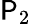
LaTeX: \mathsf{P}_{2}